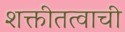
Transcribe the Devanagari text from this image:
शक्तीतत्वाची